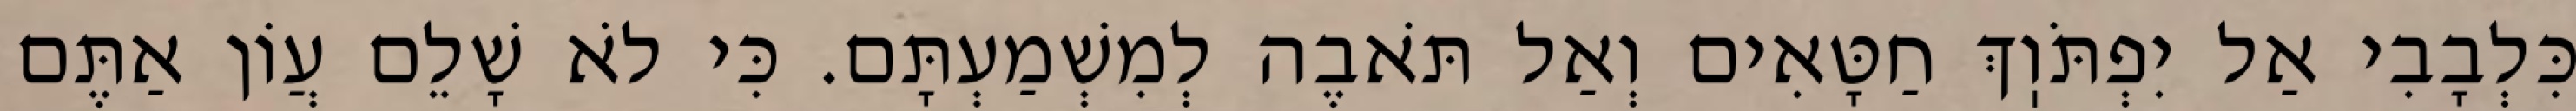
כִּלְבָבִי אַל יִפְתֹּוֽךְ חַטָּאִים וְאַל תֹּאבֶה לְמִשְׁמַעְתָּם. כִּי לֹא שָׁלֵם עֲוֹן אַתֶּם